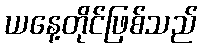
ယနေ့တိုင်ဖြစ်သည်